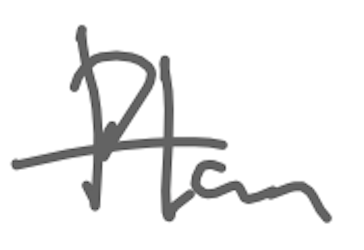
Text: Plan
Cross-out: single-line
Writing tool: digital_gray